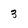
Character: 3